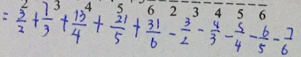
= \frac { 3 } { 2 } + \frac { 7 } { 3 } + \frac { 1 3 } { 4 } + \frac { 2 1 } { 5 } + \frac { 3 1 } { 6 } - \frac { 3 } { 2 } - \frac { 4 } { 3 } - \frac { 5 } { 4 } - \frac { 6 } { 5 } - \frac { 7 } { 6 }